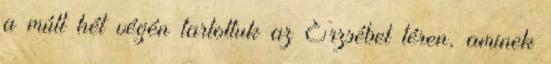
a múlt hét végén tartottuk az Erzsébet téren, aminek